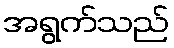
အရွက်သည်